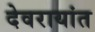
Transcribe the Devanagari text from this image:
देवरायांत